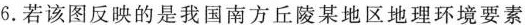
6.若该图反映的是我国南方丘陵某地区地理环境要素